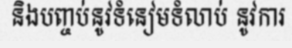
និងបញ្ចប់នូវទំនៀមទំលាប់ នូវការ